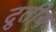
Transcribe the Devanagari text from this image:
द्रुतीय